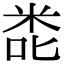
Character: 𮇎